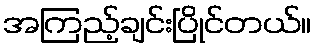
အကြည့်ချင်းပြိုင်တယ်။